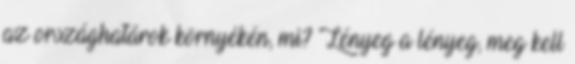
az országhatárok környékén, mi? Lényeg a lényeg, meg kell